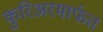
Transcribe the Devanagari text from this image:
कुरिअरमार्फत